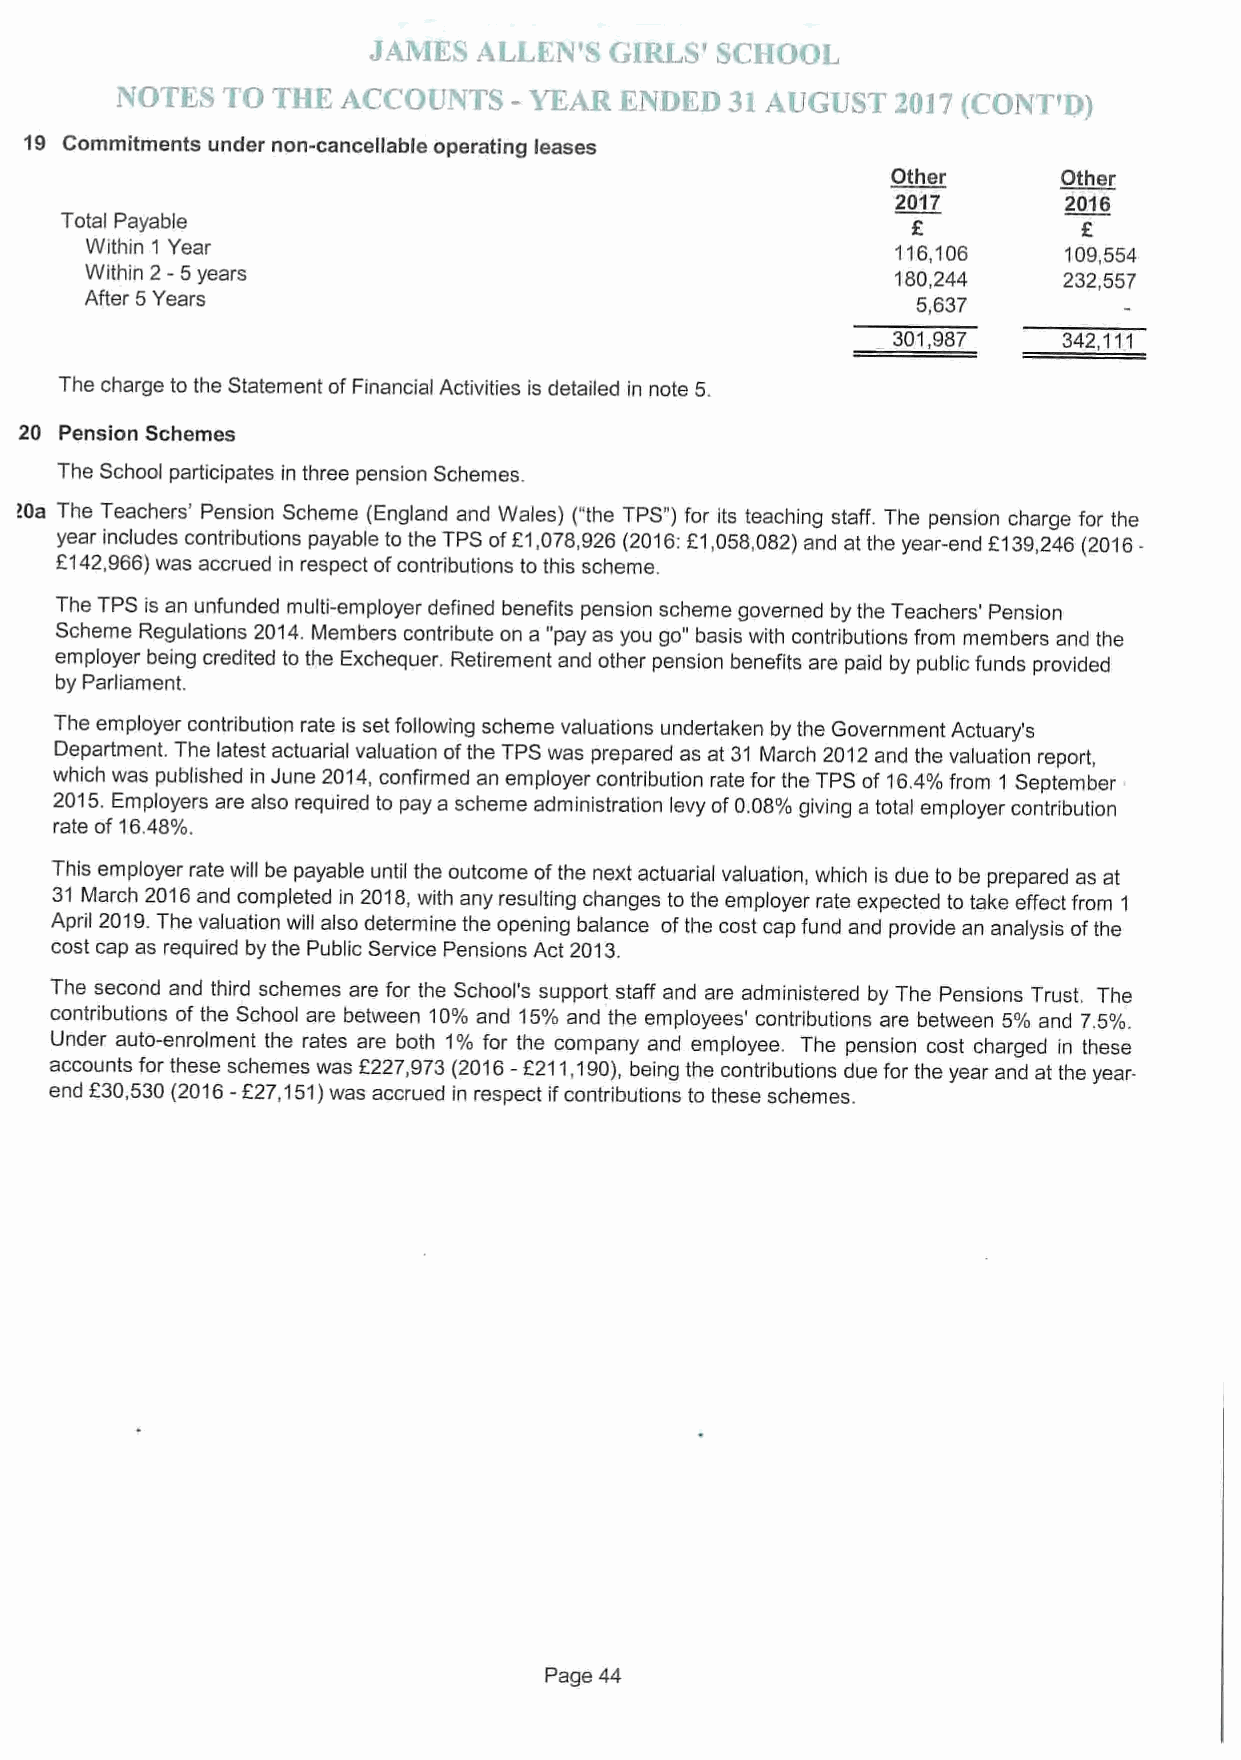
19 Commitments under non-cancellable operating leases
 Other      Other
 2017        2016
 Total Payable
 Z
 Within 1 Year                                        116,106     109,554
 2-
 Within 5years                                        180,244    232,557
 After 5Years                                           5,637
 301,987    342,111
 The charge to the Statement ofFinancial Activities is detailed in note 5.
 20 Pension Schemes
 The School participates in three pension Schemes.
 30a The Teachers' Pension Scheme (England and Wales) ("the TPS")for its teaching staff. The pension charge for the
 year includes contributions payable to the TPS ofE1,078,926 (2016:E1,058,082)and at the year-end f139,246 (2016-
 f142,966)was accrued in respect ofcontributions to this scheme.
 The TPS is an unfunded multi-employer defined benefits pension scheme governed by the Teachers' Pension
 Scheme Regulations 2014.Members contribute on a "pay as you go" basis with contributions from members and the
 employer being credited to the Exchequer. Retirement and other pension benefits are paid by public funds provided
 by Parliament.
 The employer contribution rate is set following scheme valuations undertaken by the Government Actuary's
 Department. The latest actuarial valuation ofthe TPS was prepared as at 31 March 2012and the valuation report,
 which was published in June 2014, confirmed an employer contribution rate for the TPS of 16.4%from 1 September
 2015.Employers are also required to pay a scheme administration levy of0.08%giving a total employer contribution
 rate of 16.48%.
 This employer rate will be payable until the outcome ofthe next actuarial valuation, which is due to be prepared as at
 31 March 2016and completed in 2018,with any resuiting changes to the employer rate expected to take effect from 1
 April 2019.The valuation will also determine the opening balance ofthe cost cap fund and provide an analysis ofthe
 cost cap as required by the Public Service Pensions Act 2013.
 The second and third schemes are for the School's support staff and are administered by The Pensions Trust. The
 contributions ofthe School are between 10%and 15%and the employees' contributions are between 5% and 7.5%.
 Under auto-enrolment the rates are both 1% for the company and employee. The pension cost charged in these
 acco funts for these schemes was f227,973(2016—f211,190),being the contributions due for the year and at the year-
 end 30,530(2016-f27,151)was accrued in respect ifcontributions to these schemes.
 Page 44